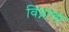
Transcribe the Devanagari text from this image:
विघ्नांचा